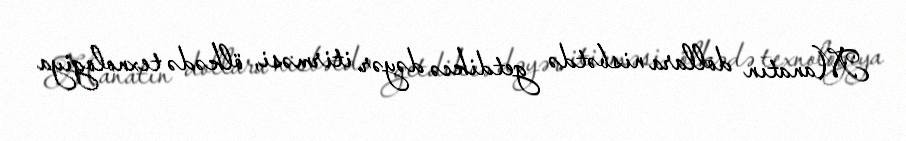
Manatın dollara nisbətdə getdikcə dəyər itirməsi, ölkədə texnologiya